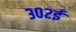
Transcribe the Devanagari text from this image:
३०२ई